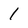
Character: l